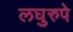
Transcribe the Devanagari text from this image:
लघुरुपे